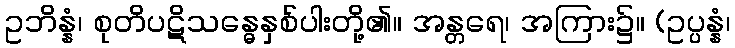
ဥဘိန္နံ၊ စုတိပဋိသန္ဓေနှစ်ပါးတို့၏။ အန္တရေ၊ အကြား၌။ (ဥပ္ပန္နံ၊